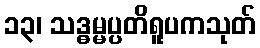
၁၃၊ သဒ္ဓမ္မပ္ပတိရူပကသုတ်